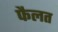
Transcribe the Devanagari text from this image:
फैलत